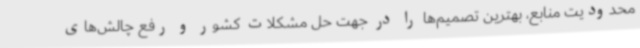
محدودیت منابع، بهترین تصمیم‌ها را در جهت حل مشکلات کشور و رفع چالش‌های